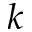
k